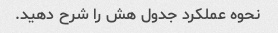
نحوه عملکرد جدول هش را شرح دهید.